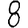
Digit: 8